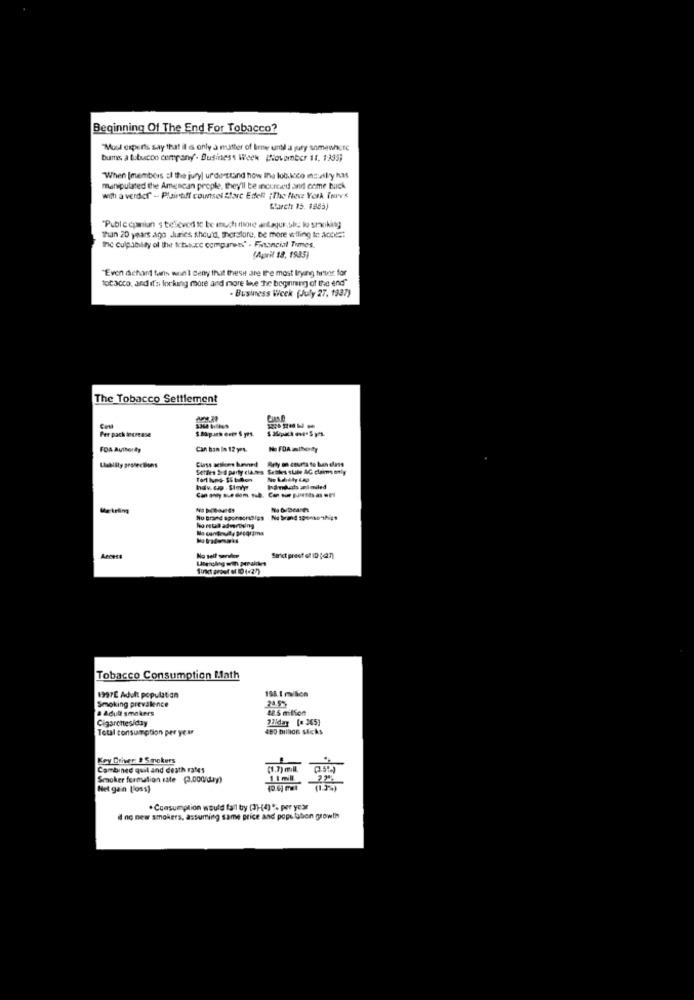
Beginning Of The End For Tobacco?
"Must experts say that il s only à mutter of Broe unhl a jury somewhere
bums a tutuecco company- Business Week (November 1, 1995)
When [members of the jury| understand how the lockco mssally has
manipulated the Amencan people, they'll be incorcd and come buck
with a verder - Plaintiff counsel Start Edelt ¡The Neve York Tres
L'arche 15. 1883)
"Publ e cpmian s believed to be much more andagur.ok, ko smoking
Than 20 years ago Juries should, thorstore. be more wiling to Acost
fc culpjblty of Ihet Itsauce comparess' - Financial Times.
(April 18, 1935)
"Even diehard fans won't deny that these are the most trying tortor for
tobacco, and it's forking more and more lhe the beginning of the end"
· Business Week (July 27. 1937)
The Tobacco Settlement
-----
Per pack decrease
FDA Aviborg
Can tan In 12 yes.
Rely on courts to han class
Labisty protecBons
Setiles Sed party clashes Seth-s suite AG clams only
Inanduat snimiled
No Brand sponsorships
Access
No self server
Lingroleg wth paralikes
Strict prest of ID Kain)
Tobacco Consumption Math
198 1 million
1997E Adult population
& Adult smokers
Smoking prevalence
48.5 million
Cigarettes/day
7Hday [=365]
Total consumption per year
480 billion sticks
Key Driver: # Smokers
Combined quit and death rates
Smoker formation rate (3.000/day)
Net gain [loss)
* Consumption would fall by (3)-(4)*% per year
d no new smokers, assuming same price and population growth